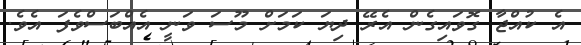
އެ ކުއްޖާ ގޮވައިގެން އެރޭ ދިޔަ ކަމަށް މޫސަ ވަނީ އެއްބަސްވެފަ އެވެ.